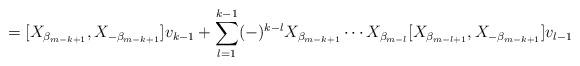
LaTeX: \begin{align*} = [ X_{ \beta _{m-k+1} } , X_{- \beta _{m-k+1} } ] v_{k-1} + \sum_{l=1}^{k-1} (-)^{k-l} X_{ \beta _{m-k+1} } \cdots X_{ \beta _{m-l} } [ X_{ \beta _{m-l+1} } , X_{- \beta _{m-k+1} } ] v_{l-1} \end{align*}